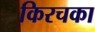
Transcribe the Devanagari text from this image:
किरचका